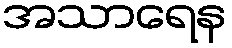
အသာရေန